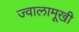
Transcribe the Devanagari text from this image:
ज्वालामूखी